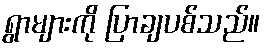
ရွာများကို ပြာချပစ်သည်။